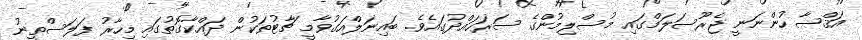
އަޤްޞާ ހުންނަނީ ޖެރޫސަލަމްގައި މުސްލިމުންގެ ސަރަހައްދުގައެވެ. ބައިނަލްއަގުވާމީ ޗާޓުތަކުން ދައްކާގޮތުގައި މިހާރު ފަލަސްތީނު